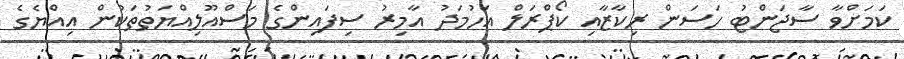
ކަމަށްވާ ސާޖަންޓު ހަސަން ރިކާޒާއި ކޯޕްރަލް އަހުމަދު އާމިރު ސިފައިންގެ މަސްއޫލިއްޔަތުތަކުން އިއްޔެގެ